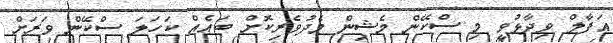
އަފާލް ވިދާޅުވީ މި ސްކޭން މެޝިން މެދުވެރިކޮށް ބައެއް ކަހަލަ ސްކޭން ވަރަށް